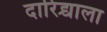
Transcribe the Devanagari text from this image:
दारिद्र्याला